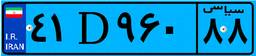
۴۶D۹۱۹۹۸